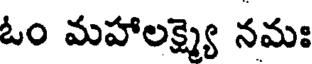
ఓం మహాలక్ష్మ్యై నమః